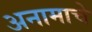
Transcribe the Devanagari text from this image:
अनामाचे